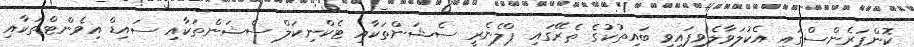
ކޮންފަރެންސްގައި އެކުލަވާލެވިފައިވި ބައިތުކުގެ ތެރޭގައި ޕްލެނެރީ ސެޝަންތަކާއި ޓެކްނިކަލް ސެޝަންތަކާއި ސައިޑް އިވެންޓްތަކާއި